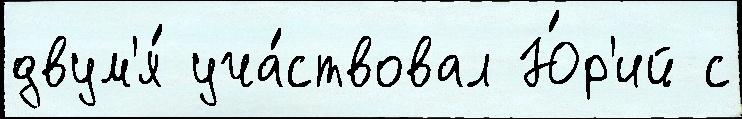
двум'я́ уча́ствовал Ю́р'ий с